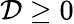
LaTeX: \mathcal{D}\geq 0